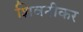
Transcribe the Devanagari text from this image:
शिवनीकर